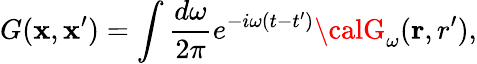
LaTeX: G(\mathbf{x},\mathbf{x}^{\prime})=\int{\frac{{d\omega}}{{2\pi}}}e^{-i\omega(t-t^{\prime})}{\calG}_{\omega}({\mathbf{r},r^{\prime}}),